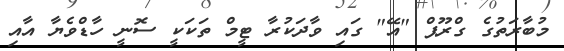
މުބާރަތުގެ ގްރޫޕް "އޭ" ގައި ވާދަކުރާ ޓީމް ތަކަކީ ސޮނީ ހާޑްވެޔާ އާއި